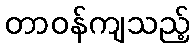
တာဝန်ကျသည့်